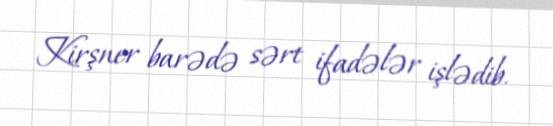
Kirşner barədə sərt ifadələr işlədib.